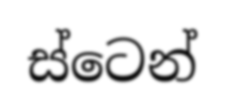
ස්ටෙන්